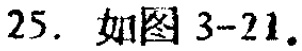
25. 如图3-21.